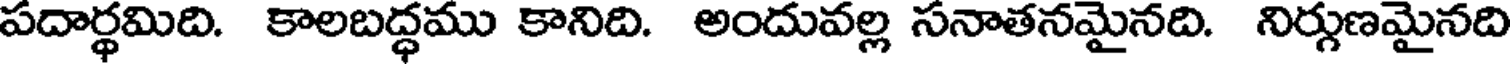
పదార్థమిది. కాలబద్ధము కానిది. అందువల్ల సనాతనమైనది. నిర్గుణమైనది